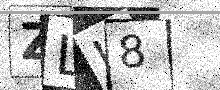
Text: ZLI8